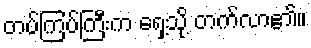
တပ်ကြပ်ကြီးက ရှေ့သို့ တက်လာ၏။